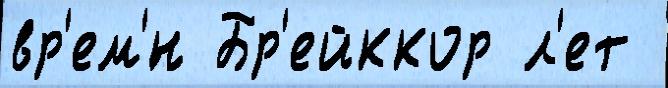
вр'ем'́н Бр'ейккор л'ет